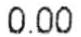
0.00